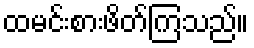
ထမင်းစားဖိတ်ကြသည်။